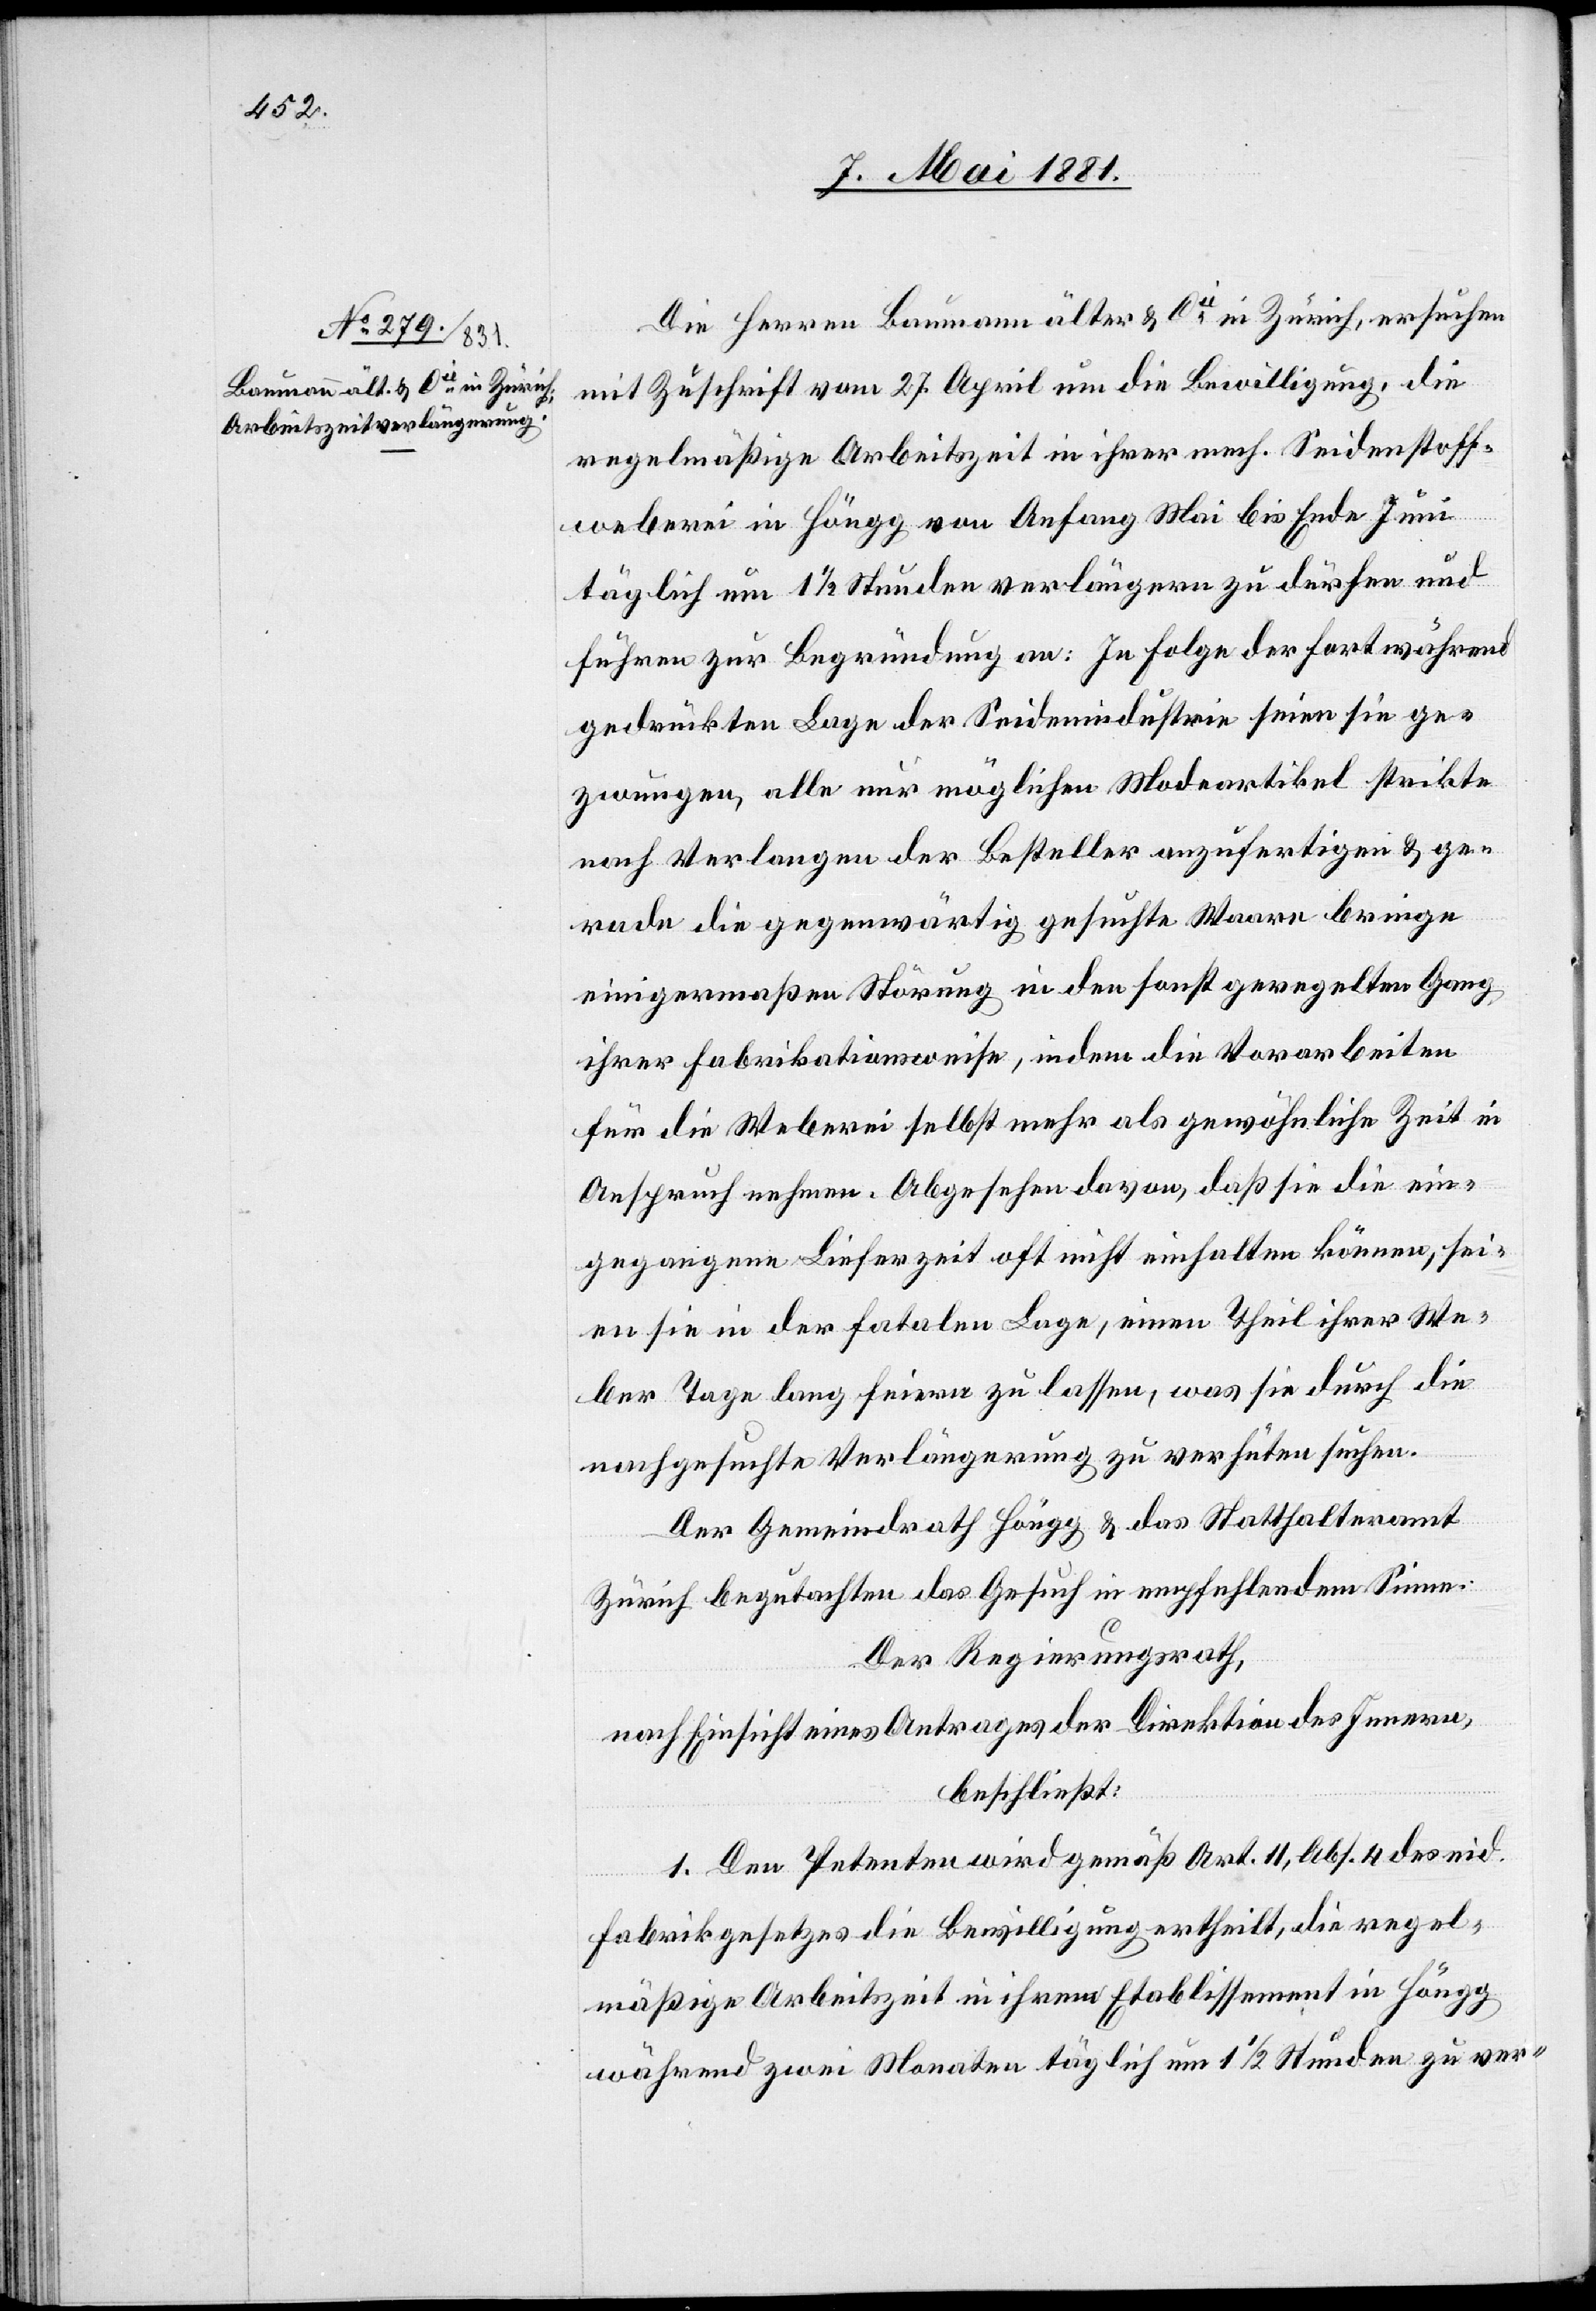
Die Herren Baumann älter & Cie in Zürich, ersuchen
mit Zuschrift vom 27. April um die Bewilligung, die
regelmäßige Arbeitszeit in ihrer mech. Seidenstoff¬
weberei in Höngg von Anfang Mai bis Ende Juni
täglich um 11/2 Stunden verlängern zu dürfen und
führen zu Begründung an: In Folge der fortwährend
gedrückten Lage der Seidenindustrie seien sie ge¬
zwungen, alle nur möglichen Modeartikel strikte
nach Vorlagen der Besteller anzufertigen & ge¬
rade die gegenwärtig gesuchte Ware bringe
einigermaßen Störung in den sonst geregelten Gang
ihrer Fabrikationsweise, in dem die Vorarbeiten
für die Weberei selbst mehr als gewöhnliche Zeit in
Anspruch nehmen. Abgesehen davon, daß sie die ein¬
gegangene Lieferzeit oft nicht einhalten können, sei¬
en sie in der fatalen Lage, einen Theil ihrer We¬
ber Tage lang feiern zu lassen, was sie durch die
nachgesuchte Verlängerung zu verhüten suchen.
Der Gemeindrath Höngg & das Statthalteramt
Zürich begutachten das Gesuch in empfehlendem Sinne.
Der Regierungsrath,
nach Einsicht eines Antrages der Direktion des Innern,
beschließt:
1. Den Petenten wird gemäß Art. 11, Abs. 4 des eid.
Fabrikgesetzes die Bewilligung ertheilt, die regel¬
mäßige Arbeitszeit in ihrem Etablissement in Höngg
während zwei Monaten täglich um 11/2 Stunden zu ver-